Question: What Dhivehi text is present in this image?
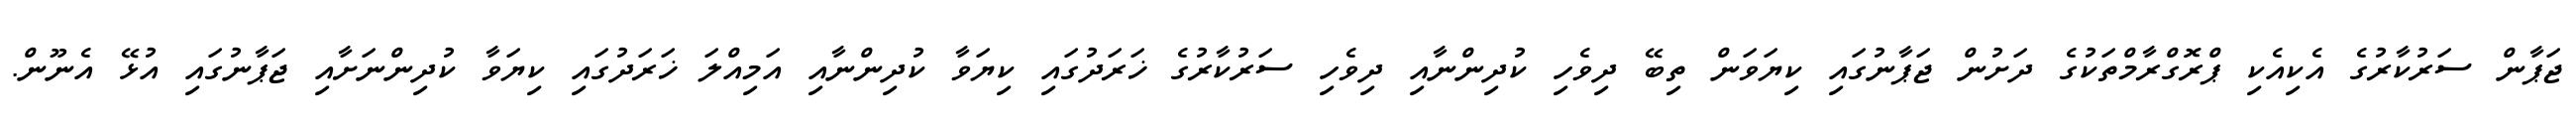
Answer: ޖަޕާން ސަރުކާރުގެ އެކިއެކި ޕްރޮގްރާމްތަކުގެ ދަށުން ޖަޕާނުގައި ކިޔަވަން ތިބޭ ދިވެހި ކުދިންނާއި ދިވެހި ސަރުކާރުގެ ޚަރަދުގައި ކިޔަވާ ކުދިންނާއި އަމިއްލަ ޚަރަދުގައި ކިޔަވާ ކުދިންނަށާއި ޖަޕާނުގައި އުޅޭ އެނޫން.